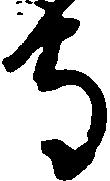
守